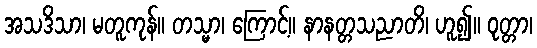
အသဒိသာ၊ မတူကုန်။ တသ္မာ၊ ကြောင့်။ နာနတ္တသညာတိ၊ ဟူ၍။ ဝုတ္တာ၊